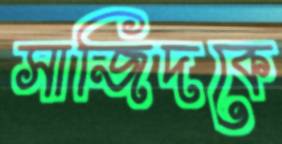
সাজিদকে